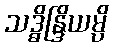
သဒ္ဓိန္ဒြိယမ္ပိ